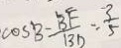
\cos B - \frac { B F } { B D } = \frac { 3 } { 5 }